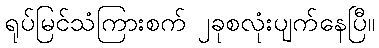
ရုပ်မြင်သံကြားစက် ၂ခုစလုံးပျက်နေပြီ။